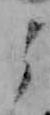
よ